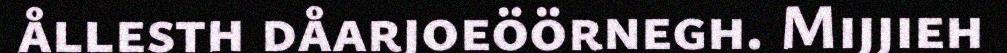
ållesth dåarjoeöörnegh. Mijjieh